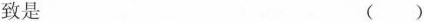
致是 ()